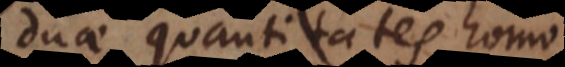
duae quantitates homogenae